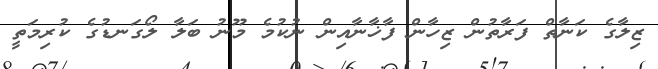
ޒިލާގެ ކަނާތް ފަރާތުން ޒިހާން ފާޚާނާއިން ނުކުމެ މޫނު ބަލާ ލޯގަނޑުގެ ކުރިމަތީ